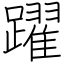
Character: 躍